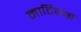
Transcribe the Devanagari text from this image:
मार्टियर्स